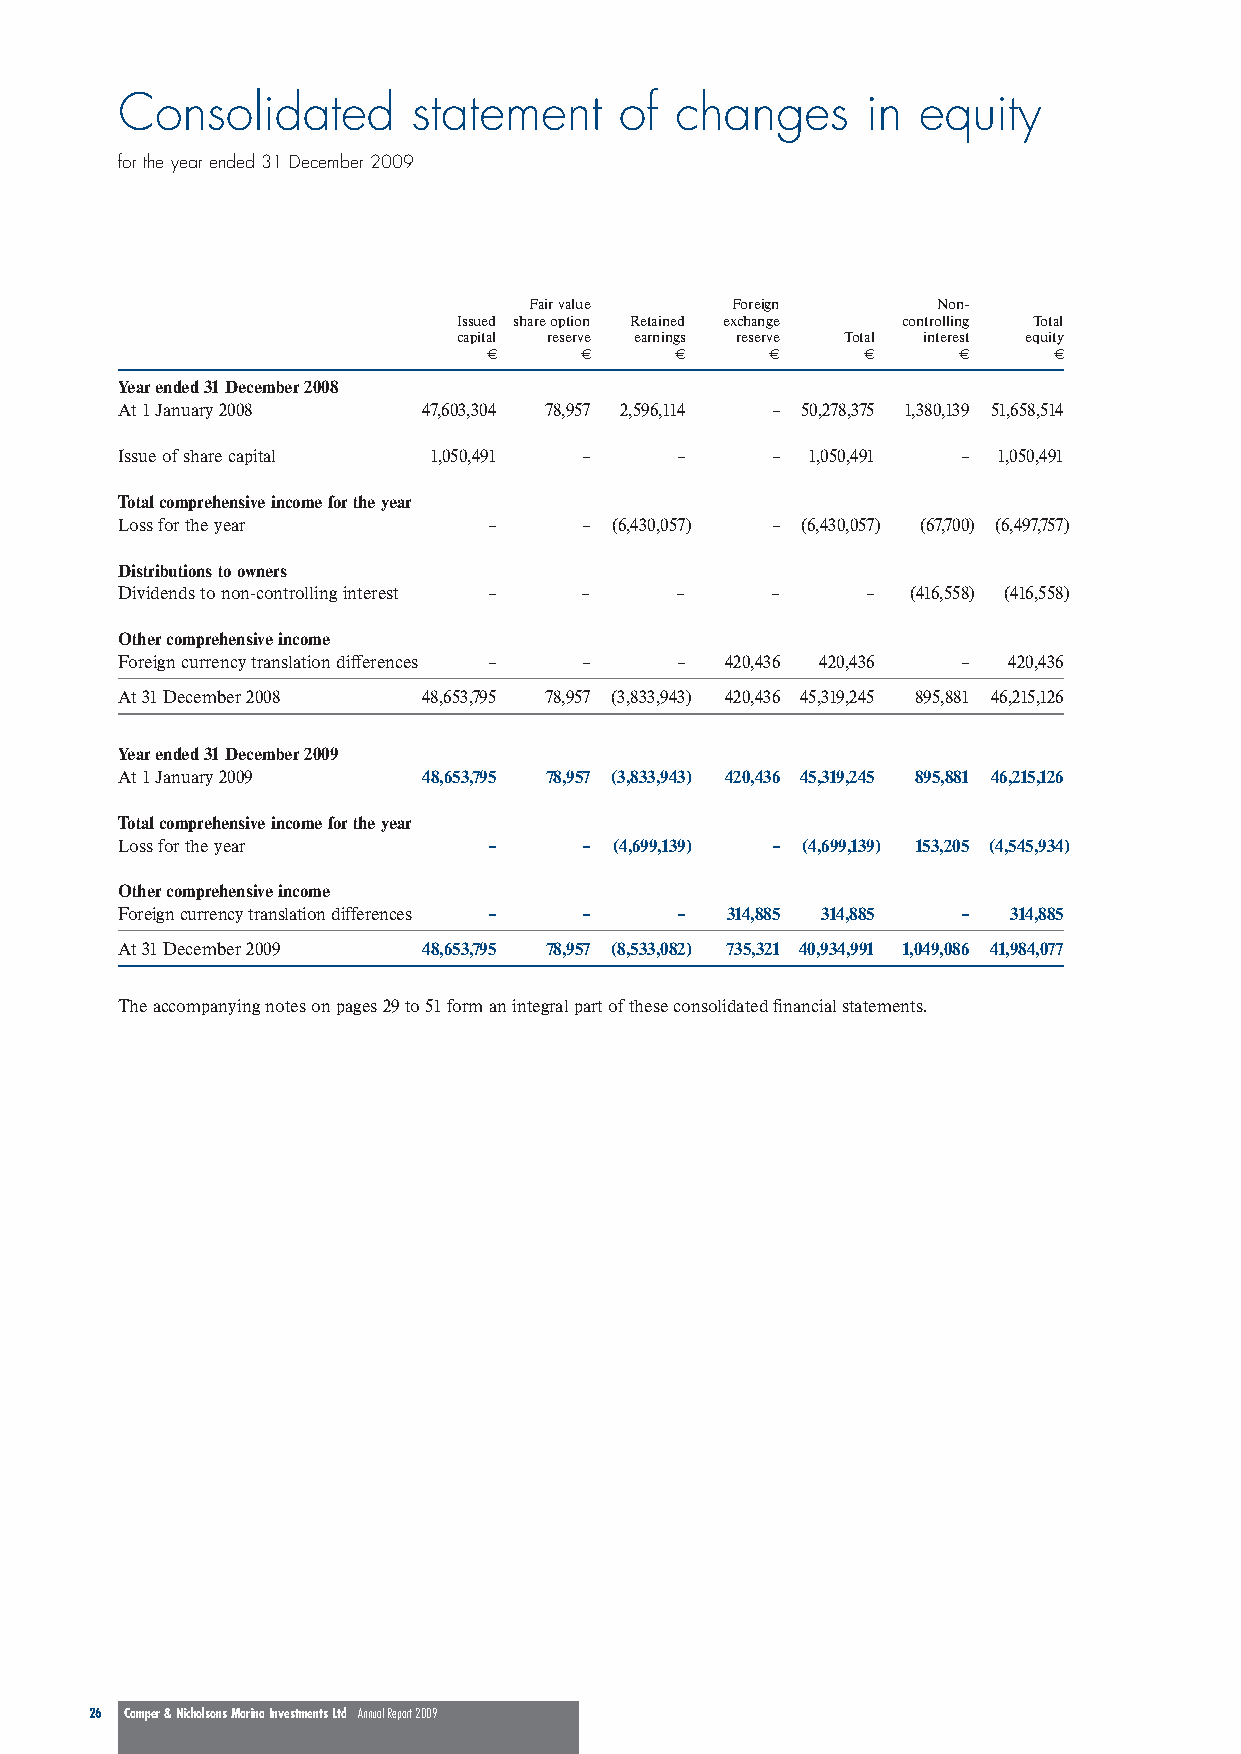
Consolidated       statement     of  changes     in  equity
 for the year ended 31 December 2009
 Fair value   Foreign       Non-
 Issued share option Retained exchange controlling Total
 capital reserve earnings reserve Total interest equity
 €     €      €     €     €     €      €
 Year ended 31 December 2008
 At 1 January 2008   47,603,304 78,957 2,596,114 – 50,278,375 1,380,139 51,658,514
 Issue of share capital 1,050,491 –   –     – 1,050,491  – 1,050,491
 Total comprehensive income for the year
 Loss for the year       –      – (6,430,057) – (6,430,057) (67,700) (6,497,757)
 Distributions to owners
 Dividends to non-controlling interest – – – –    –  (416,558) (416,558)
 Other comprehensive income
 Foreign currency translation differences – – – 420,436 420,436 – 420,436
 At 31 December 2008 48,653,795 78,957 (3,833,943) 420,436 45,319,245 895,881 46,215,126
 Year ended 31 December 2009
 At 1 January 2009   48,653,795 78,957 (3,833,943) 420,436 45,319,245 895,881 46,215,126
 Total comprehensive income for the year
 Loss for the year       –      – (4,699,139) – (4,699,139) 153,205 (4,545,934)
 Other comprehensive income
 Foreign currency translation differences – – – 314,885 314,885 – 314,885
 At 31 December 2009 48,653,795 78,957 (8,533,082) 735,321 40,934,991 1,049,086 41,984,077
 The accompanying notes on pages 29 to 51 form an integral part of these consolidated financial statements.
 26 Camper & Nicholsons Marina Investments Ltd Annual Report 2009